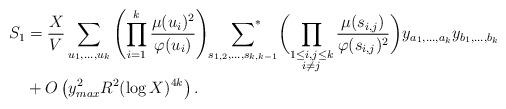
LaTeX: \begin{align*}S_1&=\frac{X}{V}\sum_{u_1,\ldots,u_k}\left(\prod_{i=1}^k\frac{\mu(u_i)^2}{\varphi(u_i)}\right)\sideset{}{^*}\sum_{s_{1,2},\ldots,s_{k,k-1}}\biggl(\prod_{\substack{1\leq i,j\leq k\\i\neq j}}\frac{\mu(s_{i,j})}{\varphi(s_{i,j})^2}\biggr)y_{a_1,\ldots,a_k}y_{b_1,\ldots,b_k}\\&+O\left(y_{max}^2R^2(\log X)^{4k}\right).\end{align*}